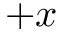
+ x